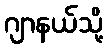
ဂျာနယ်သို့